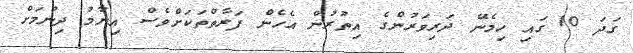
ގަދަ 10 ގައި ހިމެނޭ ދަރިވަރުންގެ އިތުރުން އެހެން ފަރާތްތަކަށްވެސް އިނާމު ދިނުމަށް